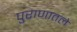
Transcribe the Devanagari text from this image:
पुराणातले